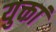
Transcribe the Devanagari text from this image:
युक्तां